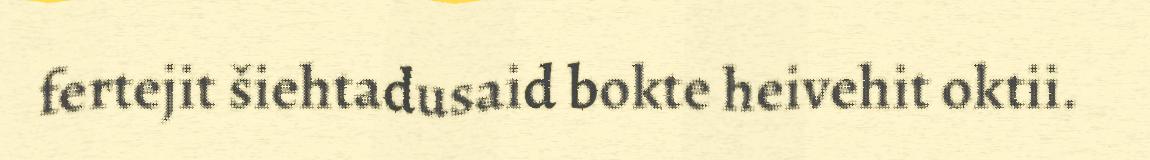
fertejit šiehtadusaid bokte heivehit oktii.